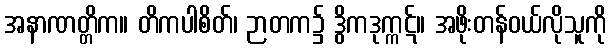
အနာဏတ္တိက။ တိကပါစိတ်၊ ဉာတက၌ ဒွိကဒုက္ကဋ်။ အဖိုးတန်ဝယ်လိုသူကို